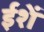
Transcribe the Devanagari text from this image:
ईशें